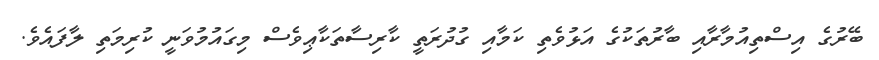
ބޭރުގެ އިސްތިއުމާރާއި ބާރުތަކުގެ އަޅުވެތި ކަމާއި ގުދުރަތީ ކާރިސާތަކާޢިވެސް މިގައުމުވަނީ ކުރިމަތި ލާފައެވެ.